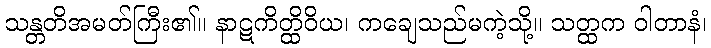
သန္တတိအမတ်ကြီး၏။ နာဋကိတ္ထိဝိယ၊ ကချေသည်မကဲ့သို့။ သတ္ထက ဝါတာနံ၊